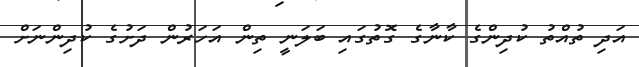
އަދި ތުއްތު ކުދިންގެ ކާނާގެ ގޮތުގައި ބަލަނީ ތިން އަހަރުން ދަށުގެ ކުދިންނަށް